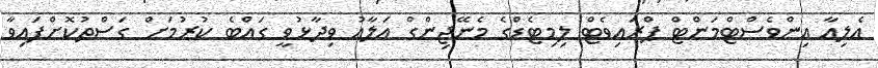
އެލިއާ އިންވެސްޓްމަންޓް ޕްރައިވެޓް ލިމިޓެޑްގެ މެނޭޖިންގް އަލާއު ވިދާޅުވީ ގައްބެ ކުރުމަށް ގަސްތުކޮށްފައިވާ